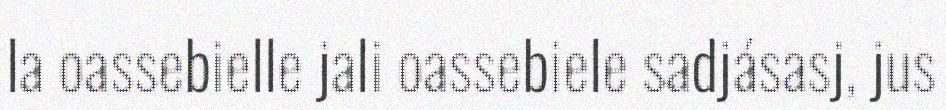
la oassebielle jali oassebiele sadjásasj, jus